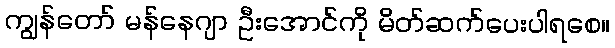
ကျွန်တော် မန်နေဂျာ ဦးအောင်ကို မိတ်ဆက်ပေးပါရစေ။